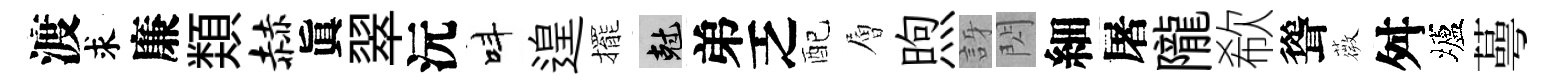
渡求廉𩔖赫眞翠沅呌遑擺剋弟乏配層煦訝閃細屠隴欷聳薇舛壚蕚